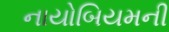
નાયોબિયમની